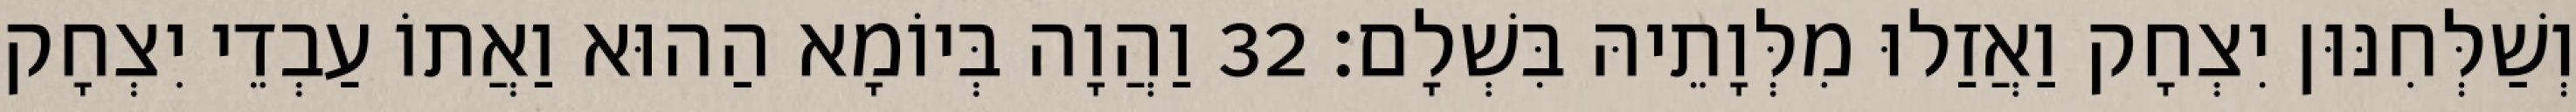
וְשַׁלְּחִנּוּן יִצְחָק וַאֲזַלוּ מִלְּוָתֵיהּ בִּשְׁלָם׃ 32 וַהֲוָה בְּיוֹמָא הַהוּא וַאֲתוֹ עַבְדֵי יִצְחָק